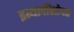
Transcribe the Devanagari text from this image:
इत्यादींसोबत